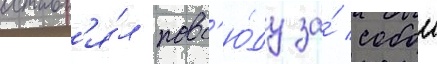
оставл'я́л повс'ю́ду за́ собои